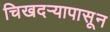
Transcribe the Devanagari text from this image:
चिखदऱ्यापासून